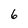
Character: 6